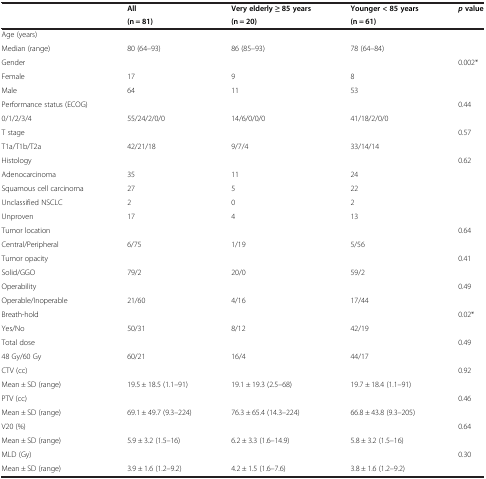
<table><thead><tr><td><b> </b></td><td><b>All</b></td><td><b>Very elderly ≥ 85 years</b></td><td><b>Younger &lt; 85 years</b></td><td><b><i>p </i>value</b></td></tr><tr><td><b> </b></td><td><b>(n = 81)</b></td><td><b>(n = 20)</b></td><td><b>(n = 61)</b></td><td><b> </b></td></tr></thead><tbody><tr><td>Age (years)</td><td> </td><td> </td><td> </td><td> </td></tr><tr><td>Median (range)</td><td>80 (64–93)</td><td>86 (85–93)</td><td>78 (64–84)</td><td> </td></tr><tr><td>Gender</td><td> </td><td> </td><td> </td><td>0.002*</td></tr><tr><td>Female</td><td>17</td><td>9</td><td>8</td><td> </td></tr><tr><td>Male</td><td>64</td><td>11</td><td>53</td><td> </td></tr><tr><td>Performance status (ECOG)</td><td> </td><td> </td><td> </td><td>0.44</td></tr><tr><td>0/1/2/3/4</td><td>55/24/2/0/0</td><td>14/6/0/0/0</td><td>41/18/2/0/0</td><td> </td></tr><tr><td>T stage</td><td> </td><td> </td><td> </td><td>0.57</td></tr><tr><td>T1a/T1b/T2a</td><td>42/21/18</td><td>9/7/4</td><td>33/14/14</td><td> </td></tr><tr><td>Histology</td><td> </td><td> </td><td> </td><td>0.62</td></tr><tr><td>Adenocarcinoma</td><td>35</td><td>11</td><td>24</td><td> </td></tr><tr><td>Squamous cell carcinoma</td><td>27</td><td>5</td><td>22</td><td> </td></tr><tr><td>Unclassified NSCLC</td><td>2</td><td>0</td><td>2</td><td> </td></tr><tr><td>Unproven</td><td>17</td><td>4</td><td>13</td><td> </td></tr><tr><td>Tumor location</td><td> </td><td> </td><td> </td><td>0.64</td></tr><tr><td>Central/Peripheral</td><td>6/75</td><td>1/19</td><td>5/56</td><td> </td></tr><tr><td>Tumor opacity</td><td> </td><td> </td><td> </td><td>0.41</td></tr><tr><td>Solid/GGO</td><td>79/2</td><td>20/0</td><td>59/2</td><td> </td></tr><tr><td>Operability</td><td> </td><td> </td><td> </td><td>0.49</td></tr><tr><td>Operable/Inoperable</td><td>21/60</td><td>4/16</td><td>17/44</td><td> </td></tr><tr><td>Breath-hold</td><td> </td><td> </td><td> </td><td>0.02*</td></tr><tr><td>Yes/No</td><td>50/31</td><td>8/12</td><td>42/19</td><td> </td></tr><tr><td>Total dose</td><td> </td><td> </td><td> </td><td>0.49</td></tr><tr><td>48 Gy/60 Gy</td><td>60/21</td><td>16/4</td><td>44/17</td><td> </td></tr><tr><td>CTV (cc)</td><td> </td><td> </td><td> </td><td>0.92</td></tr><tr><td>Mean ± SD (range)</td><td>19.5 ± 18.5 (1.1–91)</td><td>19.1 ± 19.3 (2.5–68)</td><td>19.7 ± 18.4 (1.1–91)</td><td> </td></tr><tr><td>PTV (cc)</td><td> </td><td> </td><td> </td><td>0.46</td></tr><tr><td>Mean ± SD (range)</td><td>69.1 ± 49.7 (9.3–224)</td><td>76.3 ± 65.4 (14.3–224)</td><td>66.8 ± 43.8 (9.3–205)</td><td> </td></tr><tr><td>V20 (%)</td><td> </td><td> </td><td> </td><td>0.64</td></tr><tr><td>Mean ± SD (range)</td><td>5.9 ± 3.2 (1.5–16)</td><td>6.2 ± 3.3 (1.6–14.9)</td><td>5.8 ± 3.2 (1.5–16)</td><td> </td></tr><tr><td>MLD (Gy)</td><td> </td><td> </td><td> </td><td>0.30</td></tr><tr><td>Mean ± SD (range)</td><td>3.9 ± 1.6 (1.2–9.2)</td><td>4.2 ± 1.5 (1.6–7.6)</td><td>3.8 ± 1.6 (1.2–9.2)</td><td> </td></tr></tbody></table>